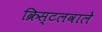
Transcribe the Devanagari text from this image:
क्रिस्टलवाले